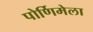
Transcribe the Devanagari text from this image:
पोर्णिमेला